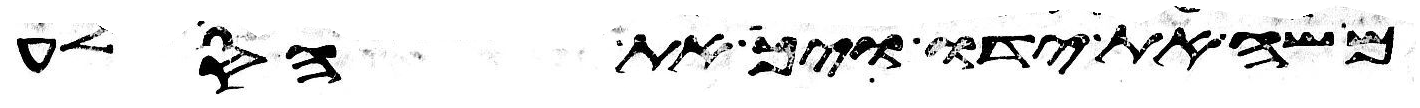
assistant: משה את ידו ויך את הסלע